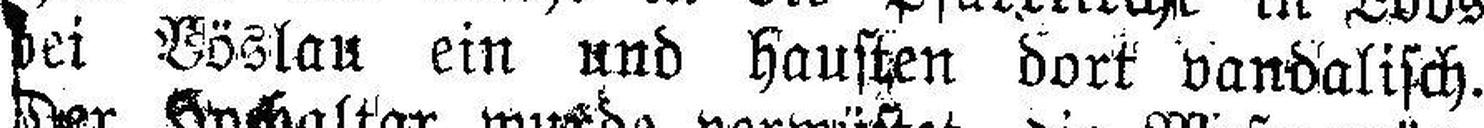
bei Böslau ein und hausten dort vandalisch.